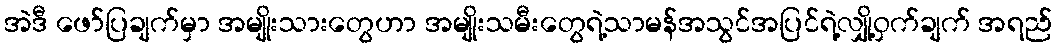
အဲဒီ ဖော်ပြချက်မှာ အမျိုးသားတွေဟာ အမျိုးသမီးတွေရဲ့သာမန်အသွင်အပြင်ရဲ့လျှို့ဝှက်ချက် အရည်